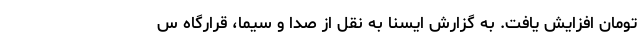
تومان افزایش یافت. به گزارش ایسنا به نقل از صدا و سیما، قرارگاه س